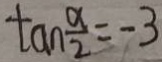
\tan \frac { \alpha } { 2 } = - 3